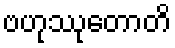
ဗဟုဿုတောတိ